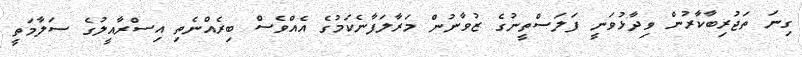
ގިނަ ތަޖުރިބާކާރުން ވިދާޅުވަނީ ފަލަސްތީނުގެ ޒުވާނުން މަރާލަފާނެކަމުގެ އެއްވެސް ބިރެއްނެތި އިސްރާއީލުގެ ސަލާމަތީ